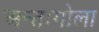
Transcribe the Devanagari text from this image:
अन्तःगोला